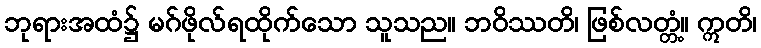
ဘုရားအထံ၌ မဂ်ဖိုလ်ရထိုက်သော သူသည။ ဘဝိဿတိ၊ ဖြစ်လတ္တံ့။ ဣတိ၊